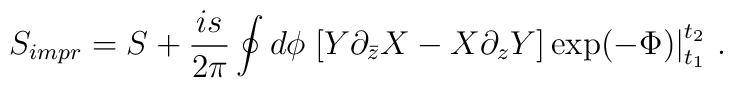
S_{impr} = S + \frac{is}{2\pi}\oint d\phi \left.\left[Y \partial_{\bar z} X           - X \partial_z Y\right]\exp(-\Phi)\right|^{t_2}_{t_1}\,.